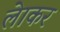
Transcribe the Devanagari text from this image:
लेाकर